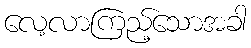
လေ့လာကြည့်သောအခါ